Preparation of a safe and efficient antirabic vaccine - Number 44
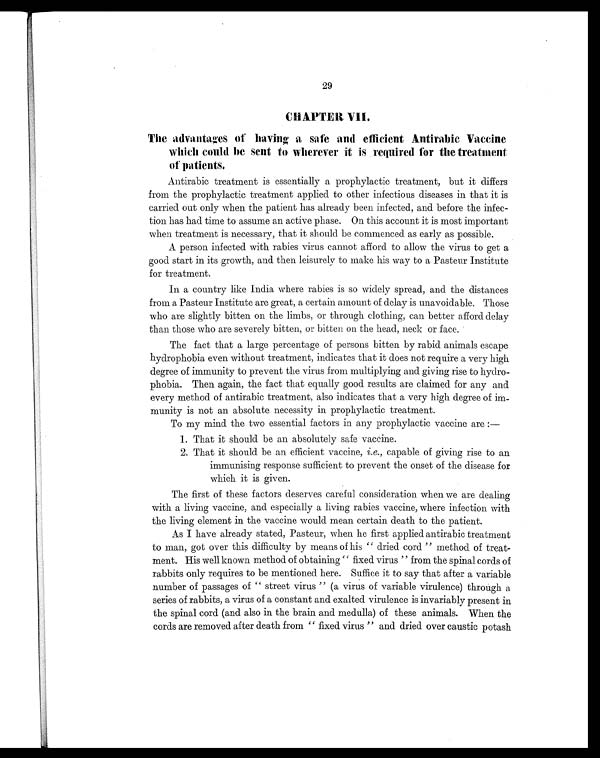
29
CHAPTER VII.
The advantages of having a safe and efficient Antirabic Vaccine
which could be sent to wherever it is required for the treatment
of patients.
Antirabic treatment is essentially a prophylactic treatment, but it differs
from the prophylactic treatment applied to other infectious diseases in that it is
carried out only when the patient has already been infected, and before the infec-
tion has had time to assume an active phase. On this account it is most important
when treatment is necessary, that it should be commenced as early as possible.
A person infected with rabies virus cannot afford to allow the virus to get a
good start in its growth, and then leisurely to make his way to a Pasteur Institute
for treatment.
In a country like India where rabies is so widely spread, and the distances
from a Pasteur Institute are great, a certain amount of delay is unavoidable. Those
who are slightly bitten on the limbs, or through clothing, can better afford delay
than those who are severely bitten, or bitten on the head, neck or face.
The fact that a large percentage of persons bitten by rabid animals escape
hydrophobia even without treatment, indicates that it does not require a very high
degree of immunity to prevent the virus from multiplying and giving rise to hydro-
phobia. Then again, the fact that equally good results are claimed for any and
every method of antirabic treatment, also indicates that a very high degree of im-
munity is not an absolute necessity in prophylactic treatment.
To my mind the two essential factors in any prophylactic vaccine are :
—
1. That it should be an absolutely safe vaccine.
2 . T h a t i t s h o u l d b e a n e f f i c i e n t v a c c i n e ,i
. e . ,
c a p a b l e o f g i v i n g r i s e t o a n
immunising response sufficient to prevent the onset of the disease for
which it is given.
The first of these factors deserves careful consideration when we are dealing
with a living vaccine, and especially a living rabies vaccine, where infection with
the living element in the vaccine would mean certain death to the patient.
As I have already stated, Pasteur, when he first applied antirabic treatment
to man, got over this difficulty by means of his " dried cord " method of treat-
ment. His well known method of obtaining " fixed virus " from the spinal cords of
rabbits only requires to be mentioned here. Suffice it to say that after a variable
number of passages of " street virus " (a virus of variable virulence) through a
series of rabbits, a virus of a constant and exalted virulence is invariably present in
the spinal cord (and also in the brain and medulla) of these animals. When the
cords are removed after death from " fixed virus " and dried over caustic potash